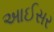
આઈસર